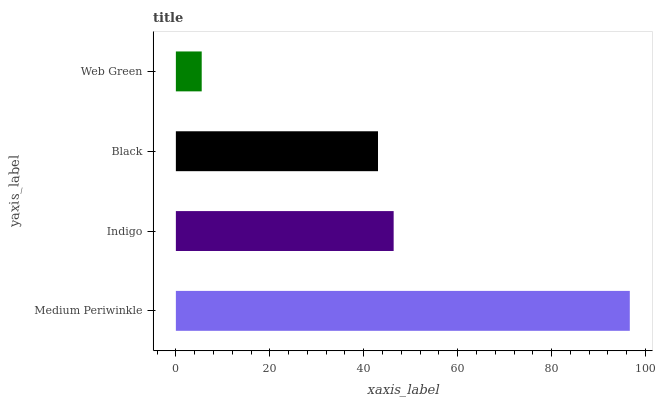
| yaxis_label | bars |
 | --- | --- |
 | Medium Periwinkle | 96.7 |
 | Indigo | 46.4 |
 | Black | 43 |
 | Web Green | 5.5 |